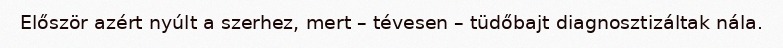
Először azért nyúlt a szerhez, mert – tévesen – tüdőbajt diagnosztizáltak nála.